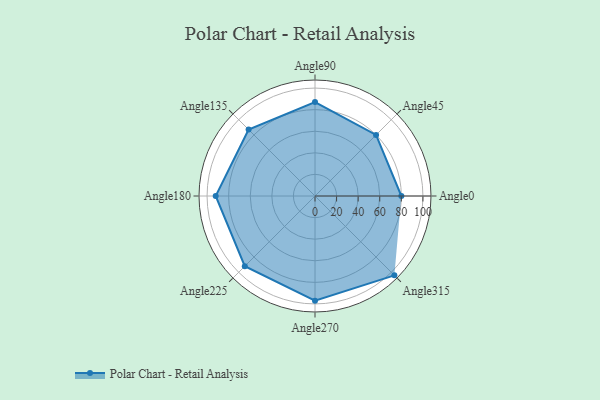
{"axis": {"x": "Angle", "y": "Radius"}, "legend": [""], "data": [{"x": "Angle0", "y": 80.0, "type": ""}, {"x": "Angle45", "y": 80.0, "type": ""}, {"x": "Angle90", "y": 87.0, "type": ""}, {"x": "Angle135", "y": 87.0, "type": ""}, {"x": "Angle180", "y": 92.0, "type": ""}, {"x": "Angle225", "y": 92.0, "type": ""}, {"x": "Angle270", "y": 97.0, "type": ""}, {"x": "Angle315", "y": 104.0, "type": ""}]}